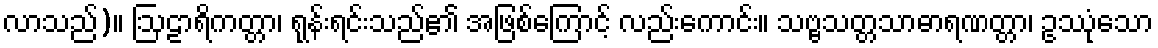
လာသည်)။ ဩဠာရိကတ္တာ၊ ရုန်းရင်းသည်၏ အဖြစ်ကြောင့် လည်းကောင်း။ သဗ္ဗသတ္တသာဓာရဏတ္တာ၊ ဥဿုံသော